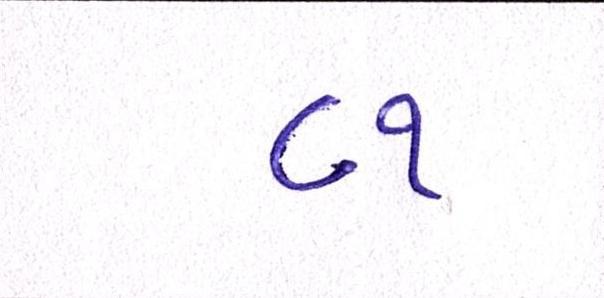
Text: ૮૧